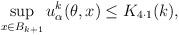
LaTeX: \begin{align*}\sup_{x\in B_{k+1}} u^k_{\alpha}(\theta,x) \leq K_{4 \cdot 1}(k),\end{align*}